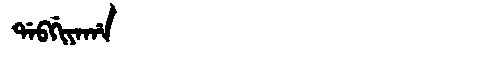
Manchu: ᡩᠠᠪᡤᡳᠶᠠᡥᠠ
Romanization: DABGIYAHA